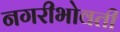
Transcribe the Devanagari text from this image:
नगरीभोवती